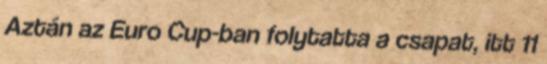
Aztán az Euro Cup-ban folytatta a csapat, itt 11